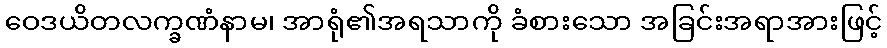
ဝေဒယိတလက္ခဏံနာမ၊ အာရုံ၏အရသာကို ခံစားသော အခြင်းအရာအားဖြင့်